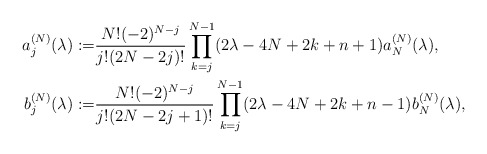
\begin{align*} a^{(N)}_j(\lambda):=&\frac{N! (-2)^{N-j}}{j!(2N-2j)!} \prod_{k=j}^{N-1}(2\lambda-4N+2k+n+1)a_N^{(N)}(\lambda),\\ b^{(N)}_j(\lambda):=&\frac{N! (-2)^{N-j}}{j!(2N-2j+1)!} \prod_{k=j}^{N-1}(2\lambda-4N+2k+n-1)b_N^{(N)}(\lambda), \end{align*}